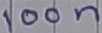
Text: 100n